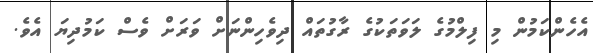
އެހެންކަމުން މި ފިލްމުގެ ލަވަތަކުގެ ރާގުތައް ދިވެހިންނަށް ވަރަށް ވެސް ކަމުދިޔަ އެވެ.